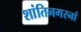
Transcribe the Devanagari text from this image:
शांतिनगरनां